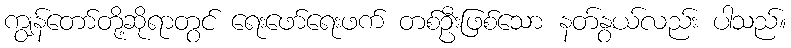
ကျွန်တော်တို့ဆိုရာတွင် ရေးဖော်ရေးဖက် တစ်ဦးဖြစ်သော နတ်နွယ်လည်း ပါသည်။